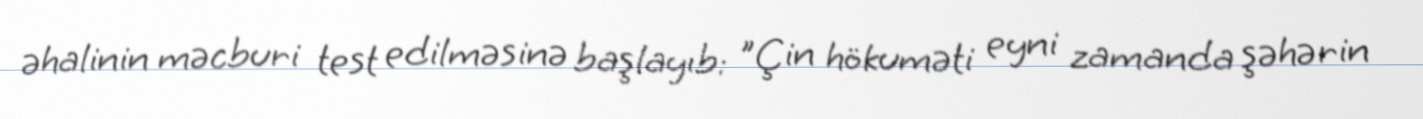
əhalinin məcburi test edilməsinə başlayıb: "Çin hökuməti eyni zamanda şəhərin